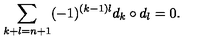
\sum _ { k + l = n + 1 } ( - 1 ) ^ { ( k - 1 ) l } d _ { k } \circ d _ { l } = 0 .